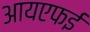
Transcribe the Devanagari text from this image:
आयएफई